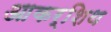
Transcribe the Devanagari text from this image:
आकर्शिथ